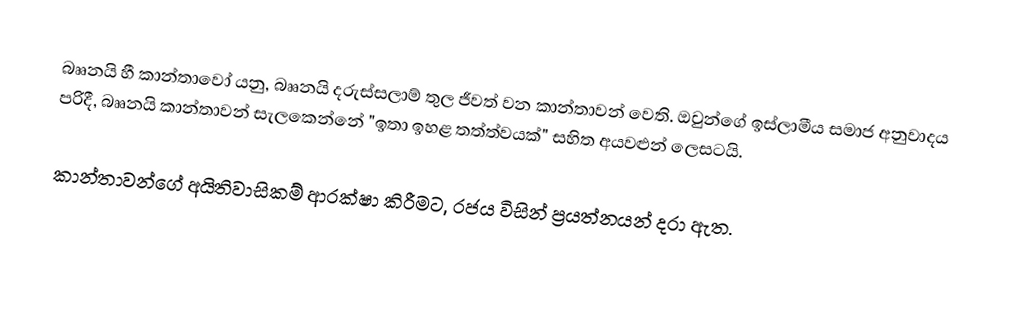
බෲනයි හී කාන්තාවෝ යනු, බෲනයි දරුස්සලාම් තුල ජීවත් වන කාන්තාවන් වෙති. ඔවුන්ගේ ඉස්ලාමීය සමාජ අනුවාදය පරිදී, බෲනයි කාන්තාවන් සැලකෙන්නේ  "ඉතා ඉහළ තත්ත්වයක්" සහිත අයවළුන් ලෙසටයි.

කාන්තාවන්ගේ අයිතිවාසිකම් ආරක්ෂා කිරීමට, රජය විසින් ප්‍රයත්නයන් දරා ඇත.